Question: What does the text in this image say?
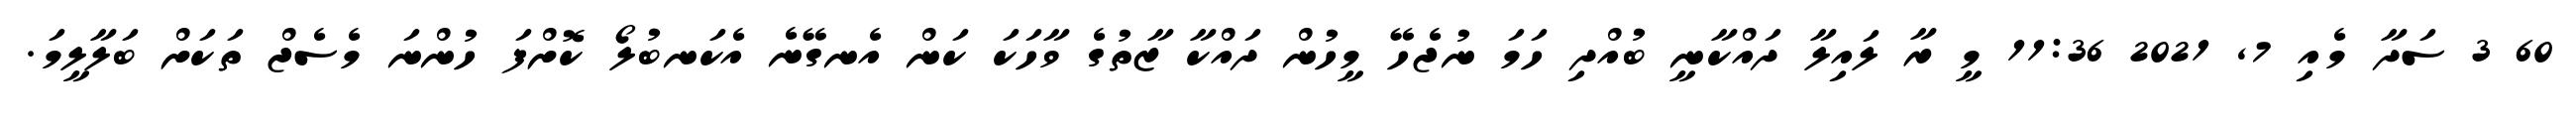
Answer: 60 3 ސަދާ މެއި 7, 2021 11:36 މީ ރާ ލައިލާ ދައްކާނީ ބުއްދި ހަމަ ނުޖެހޭ މީހުން ދައްކާ ޒާތުގެ ވާހަކަ ކަން އެނގޭނެ އެކަނބުލޯ ކޮށްފަ ހުންނަ މެސެޖް ތަކަށް ބަލާލީމަ.